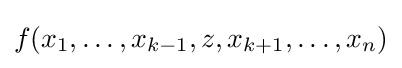
f(x_{1},\ldots ,x_{k-1},z,x_{k+1},\ldots ,x_{n})